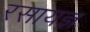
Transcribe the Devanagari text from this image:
रसायज्ञ